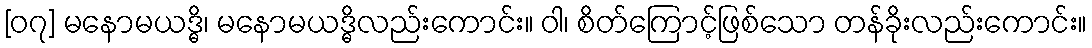
[၀၇] မနောမယဒ္ဓိ၊ မနောမယဒ္ဓိလည်းကောင်း။ ဝါ၊ စိတ်ကြောင့်ဖြစ်သော တန်ခိုးလည်းကောင်း။